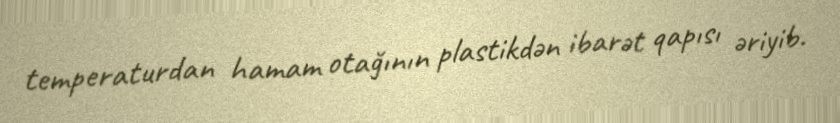
temperaturdan hamam otağının plastikdən ibarət qapısı əriyib.